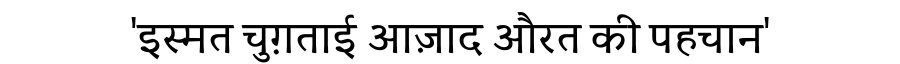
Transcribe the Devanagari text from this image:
'इस्मत चुग़ताई आज़ाद औरत की पहचान'